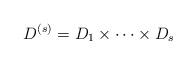
LaTeX: \begin{align*} D^{(s)}=D_1\times\dots\times D_s\end{align*}